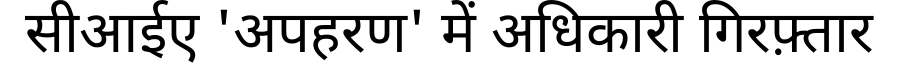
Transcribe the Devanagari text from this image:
सीआईए 'अपहरण' में अधिकारी गिरफ़्तार